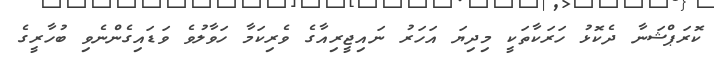
ކޮރަޕްޝަނާ ދެކޮޅު ހަރަކާތަކީ މިދިޔަ އަހަރު ނައިޖީރިއާގެ ވެރިކަމާ ހަވާލުވެ ވަޑައިގެންނެވި ބުހާރީގެ